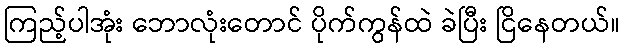
ကြည့်ပါအုံး ဘောလုံးတောင် ပိုက်ကွန်ထဲ ခဲပြီး ငြိနေတယ်။